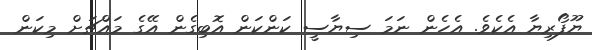
ޔޫފޯރިޔާ އެކެވެ. އެހެން ނަމަ ސިޔާސީ ކަންކަން އޮބިގެން އޭގެ މައްޗަށް މިކަން